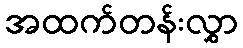
အထက်တန်းလွှာ